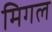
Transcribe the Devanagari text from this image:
मिगल